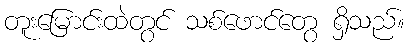
တူးမြောင်းထဲတွင် သစ်ဖောင်တွေ ရှိသည်။